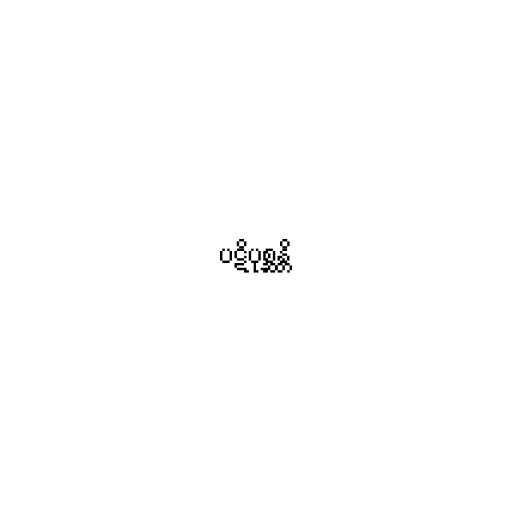
ပဋိပုစ္ဆန္တိ